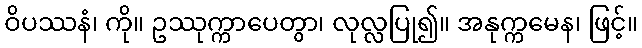
ဝိပဿနံ၊ ကို။ ဥဿုက္ကာပေတွာ၊ လုလ္လပြု၍။ အနုက္ကမေန၊ ဖြင့်။